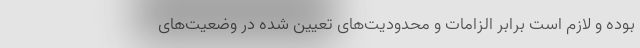
بوده و لازم است برابر الزامات و محدودیت‌­های تعیین شده در وضعیت‌های